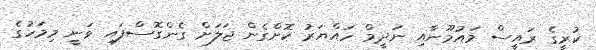
ކުރީގެ ރައީސް މައުމޫނާއި ނަދީމް ހައްޔަރު ކޮށްގެން ޖަލަށް ގެންގޮސްފައި ވަނީ މިމަހުގެ